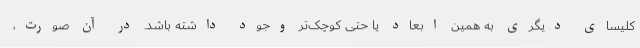
کلیسای دیگری به همین ابعاد یا حتی کوچک‌تر وجود داشته باشد. در آن صورت،